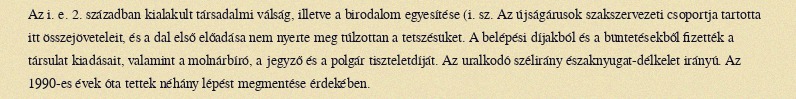
Az i. e. 2. században kialakult társadalmi válság, illetve a birodalom egyesítése (i. sz. Az újságárusok szakszervezeti csoportja tartotta itt összejöveteleit, és a dal első előadása nem nyerte meg túlzottan a tetszésüket. A belépési díjakból és a büntetésekből fizették a társulat kiadásait, valamint a molnárbíró, a jegyző és a polgár tiszteletdíját. Az uralkodó szélirány északnyugat-délkelet irányú. Az 1990-es évek óta tettek néhány lépést megmentése érdekében.